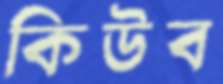
কিউব